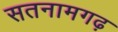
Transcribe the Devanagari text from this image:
सतनामगढ़